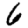
Digit: 6